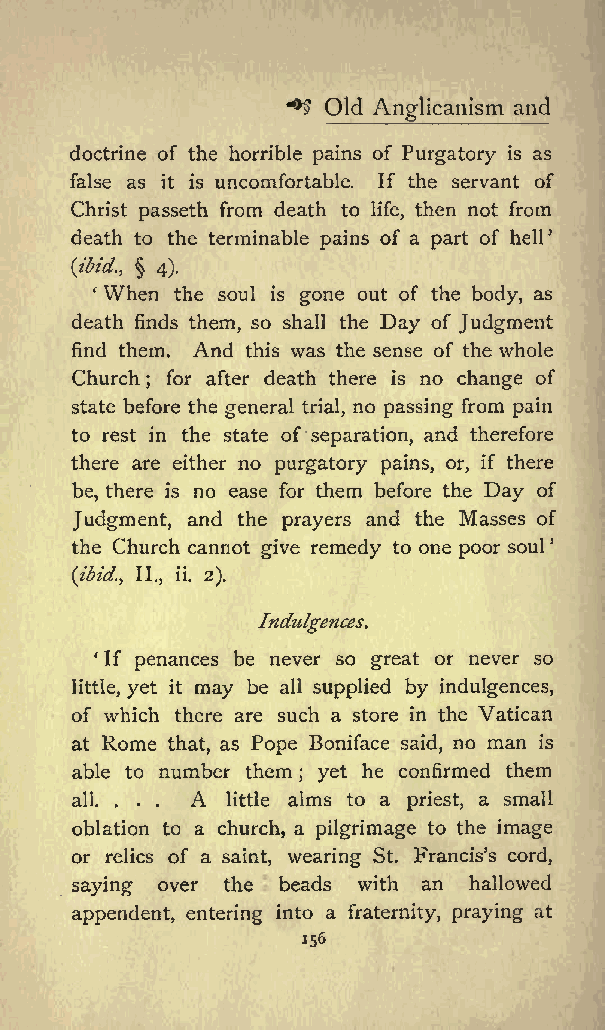
Old          and
 ^&amp;gt; Anglicanism
 doctrine of the horrible pains of Purgatory is as
 false as it is uncomfortable. If the servant of
 Christ passeth from death to life, then not from
 death to the terminable pains of a part of hell
 (ibid., 4).
 When the soul is gone out of the body, as
 death finds them, so shall the Day of Judgment
 find them. And this was the sense of the whole
 Church for after death there is no change of
 ;
 state before the general trial, no passing from pain
 to rest in the state of separation, and therefore
 there are either no purgatory pains, or, if there
 be, there is no ease for them before the Day of
 Judgment, and the prayers and the Masses of
 the Church cannot give remedy to one poor soul
 (ibid., II., ii. 2).
 Indulgences.
 If penances be never so great or never so
 little, yet it may be all supplied by indulgences,
 of which there are such a store in the Vatican
 at Rome that, as Pope Boniface said, no man is
 able to number them yet he confirmed them
 ;
 all. ... A little alms to a priest, a small
 oblation to a church, a pilgrimage to the image
 or relics of a saint, wearing St. Franciss cord,
 saying over the beads with an hallowed
 appendent, entering into a fraternity, praying at
 156